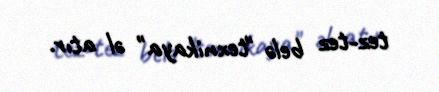
tez-tez belə "texnikaya" əl atır.